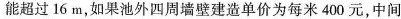
能超过16m，如果池外四周墙壁建造单价为每米400元，中间